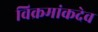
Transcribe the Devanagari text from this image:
विक्रमांकदेव